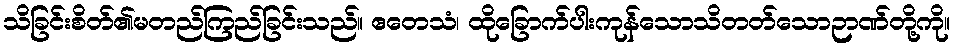
သိခြင်းစိတ်၏မတည်ကြည်ခြင်းသည်။ ဧတေသံ၊ ထိုခြောက်ပါးကုန်သောသိတတ်သောဉာဏ်တို့ကို။